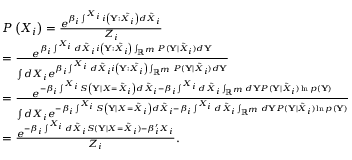
\begin{array} { r l } & { P \left( X _ { i } \right) = \frac { e ^ { \beta _ { i } \int ^ { X _ { i } } i \left( \mathbf { Y } : \tilde { X _ { i } } \right) d \tilde { X } _ { i } } } { Z _ { i } } } \\ & { = \frac { e ^ { \beta _ { i } \int ^ { X _ { i } } d \tilde { X } _ { i } i \left( \mathbf { Y } : \tilde { X _ { i } } \right) \int _ { \mathbb { R } ^ { m } } { P ( \mathbf { Y } | \tilde { X } _ { i } ) d \mathbf { Y } } } } { \int d X _ { i } e ^ { \beta _ { i } \int ^ { X _ { i } } d \tilde { X } _ { i } i \left( \mathbf { Y } : \tilde { X _ { i } } \right) \int _ { \mathbb { R } ^ { m } } { P ( \mathbf { Y } | \tilde { X } _ { i } ) d \mathbf { Y } } } } } \\ & { = \frac { e ^ { - \beta _ { i } \int ^ { X _ { i } } S \left( \mathbf { Y } \mid X = \tilde { X } _ { i } \right) d \tilde { X } _ { i } - \beta _ { i } \int ^ { X _ { i } } d \tilde { X } _ { i } \int _ { \mathbb { R } ^ { m } } d \mathbf { Y } P ( \mathbf { Y } | \tilde { X } _ { i } ) \ln p ( \mathbf { Y } ) } } { \int d X _ { i } e ^ { - \beta _ { i } \int ^ { X _ { i } } S \left( \mathbf { Y } \mid X = \tilde { X } _ { i } \right) d \tilde { X } _ { i } - \beta _ { i } \int ^ { X _ { i } } d \tilde { X } _ { i } \int _ { \mathbb { R } ^ { m } } d \mathbf { Y } P ( \mathbf { Y } | \tilde { X } _ { i } ) \ln p ( \mathbf { Y } ) } } } \\ & { = \frac { e ^ { - \beta _ { i } \int ^ { X _ { i } } d \tilde { X } _ { i } S ( \mathbf { Y } | X = \tilde { X } _ { i } ) - \beta _ { i } ^ { \prime } X _ { i } } } { Z _ { i } } . } \end{array}